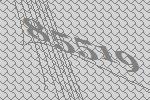
85519